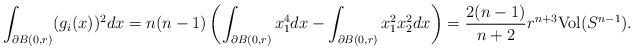
LaTeX: \begin{align*}\int_{\partial B(0,r)}(g_{i}(x))^{2}dx=n(n-1)\left(\int_{\partial B(0,r)}x_{1}^{4}dx-\int_{\partial B(0,r)}x_{1}^{2}x_{2}^{2}dx\right)=\frac{2(n-1)}{n+2}r^{n+3}\mathrm{Vol}(S^{n-1}).\end{align*}